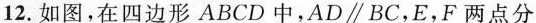
12. 如图，在四边形 ABCD 中，AD\parallel BC，E，F两点分